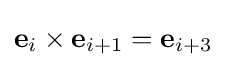
\mathbf {e} _{i}\times \mathbf {e} _{i+1}=\mathbf {e} _{i+3}